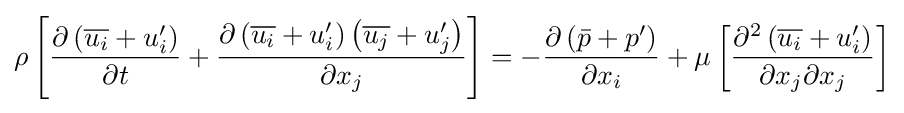
\rho \left[{\frac {\partial \left({\overline {u_{i}}}+u_{i}'\right)}{\partial t}}+{\frac {\partial \left({\overline {u_{i}}}+u_{i}'\right)\left({\overline {u_{j}}}+u_{j}'\right)}{\partial x_{j}}}\right]=-{\frac {\partial \left({\bar {p}}+p'\right)}{\partial x_{i}}}+\mu \left[{\frac {\partial ^{2}\left({\overline {u_{i}}}+u_{i}'\right)}{\partial x_{j}\partial x_{j}}}\right]